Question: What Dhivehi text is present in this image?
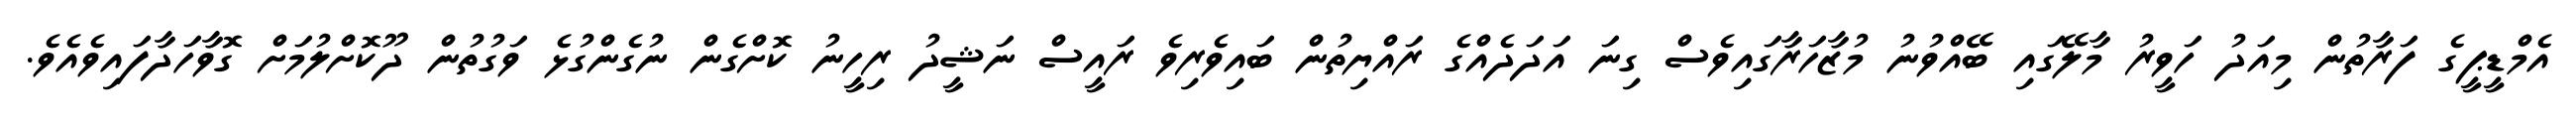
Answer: އެމްޑީޕީގެ ފަރާތުން މިއަދު ހަވީރު މާލޭގައި ބޭއްވުނު މުޒާހަރާގައިވެސް ގިނަ އަދަދެއްގެ ރައްޔިތުން ބައިވެރިވެ ރައީސް ނަޝީދު ރިހީނު ކޮށްގެން ނުގެންގުޅެ ވަގުތުން ދޫކޮށްލުމަށް ގޮވާހަދާފައިވެއެވެ.